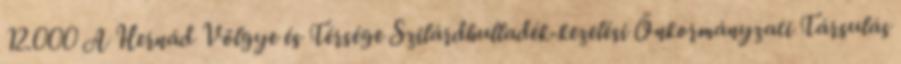
12.000 A Hernád Völgye és Térsége Szilárdhulladék-kezelési Önkormányzati Társulás